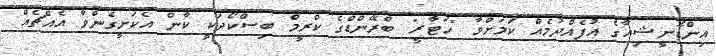
އިންޑޮނީޝިއާގެ އުފެއްދުމެއް ކަމަށްވާ "ހަޓާރީ" ބްރޭންޑްގެ ކްރީމް ބިސްކޯދަކީ ކާން އެކަށީގެންވާ އެއްޗެއް